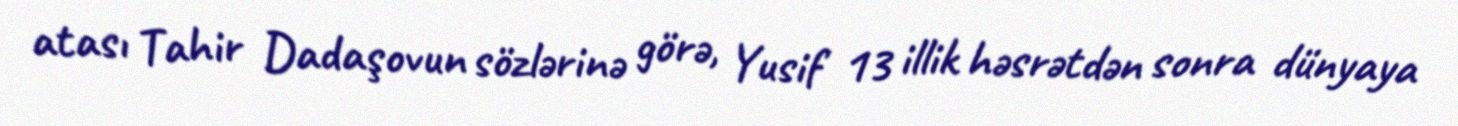
atası Tahir Dadaşovun sözlərinə görə, Yusif 13 illik həsrətdən sonra dünyaya